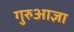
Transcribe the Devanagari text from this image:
गुरुआज्ञा